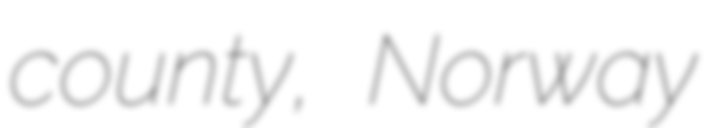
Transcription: county, Norway